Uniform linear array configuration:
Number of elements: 32
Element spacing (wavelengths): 0.5
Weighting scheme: binomial
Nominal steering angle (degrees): -45
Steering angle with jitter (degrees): -43.908
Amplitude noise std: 0.05
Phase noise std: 0.05

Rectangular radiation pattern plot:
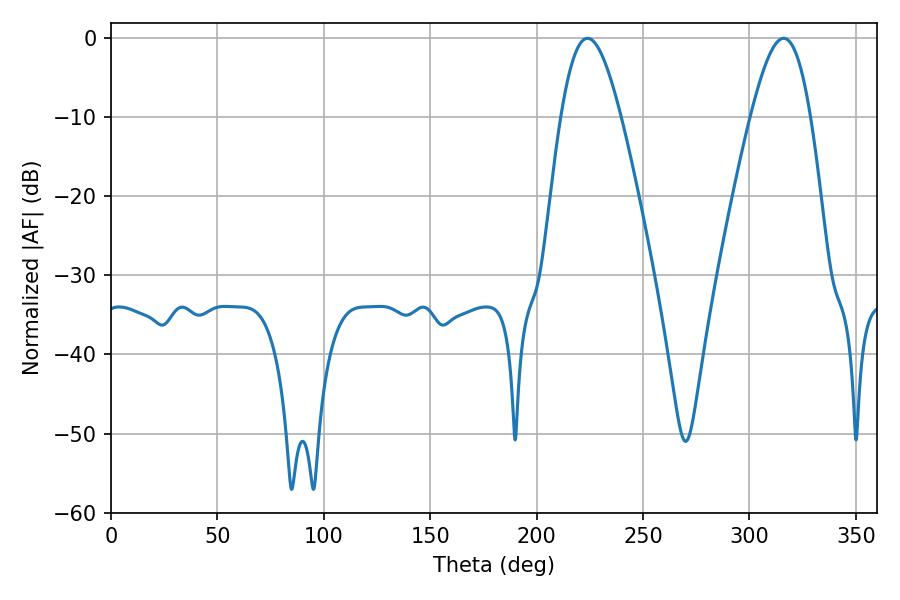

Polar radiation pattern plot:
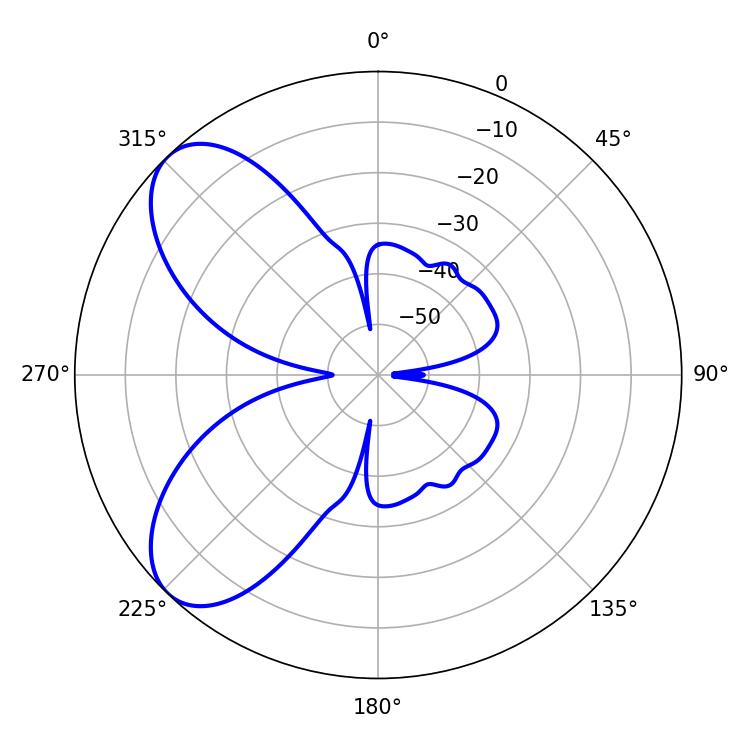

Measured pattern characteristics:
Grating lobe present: FALSE
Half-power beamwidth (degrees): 15.12
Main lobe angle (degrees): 223.92